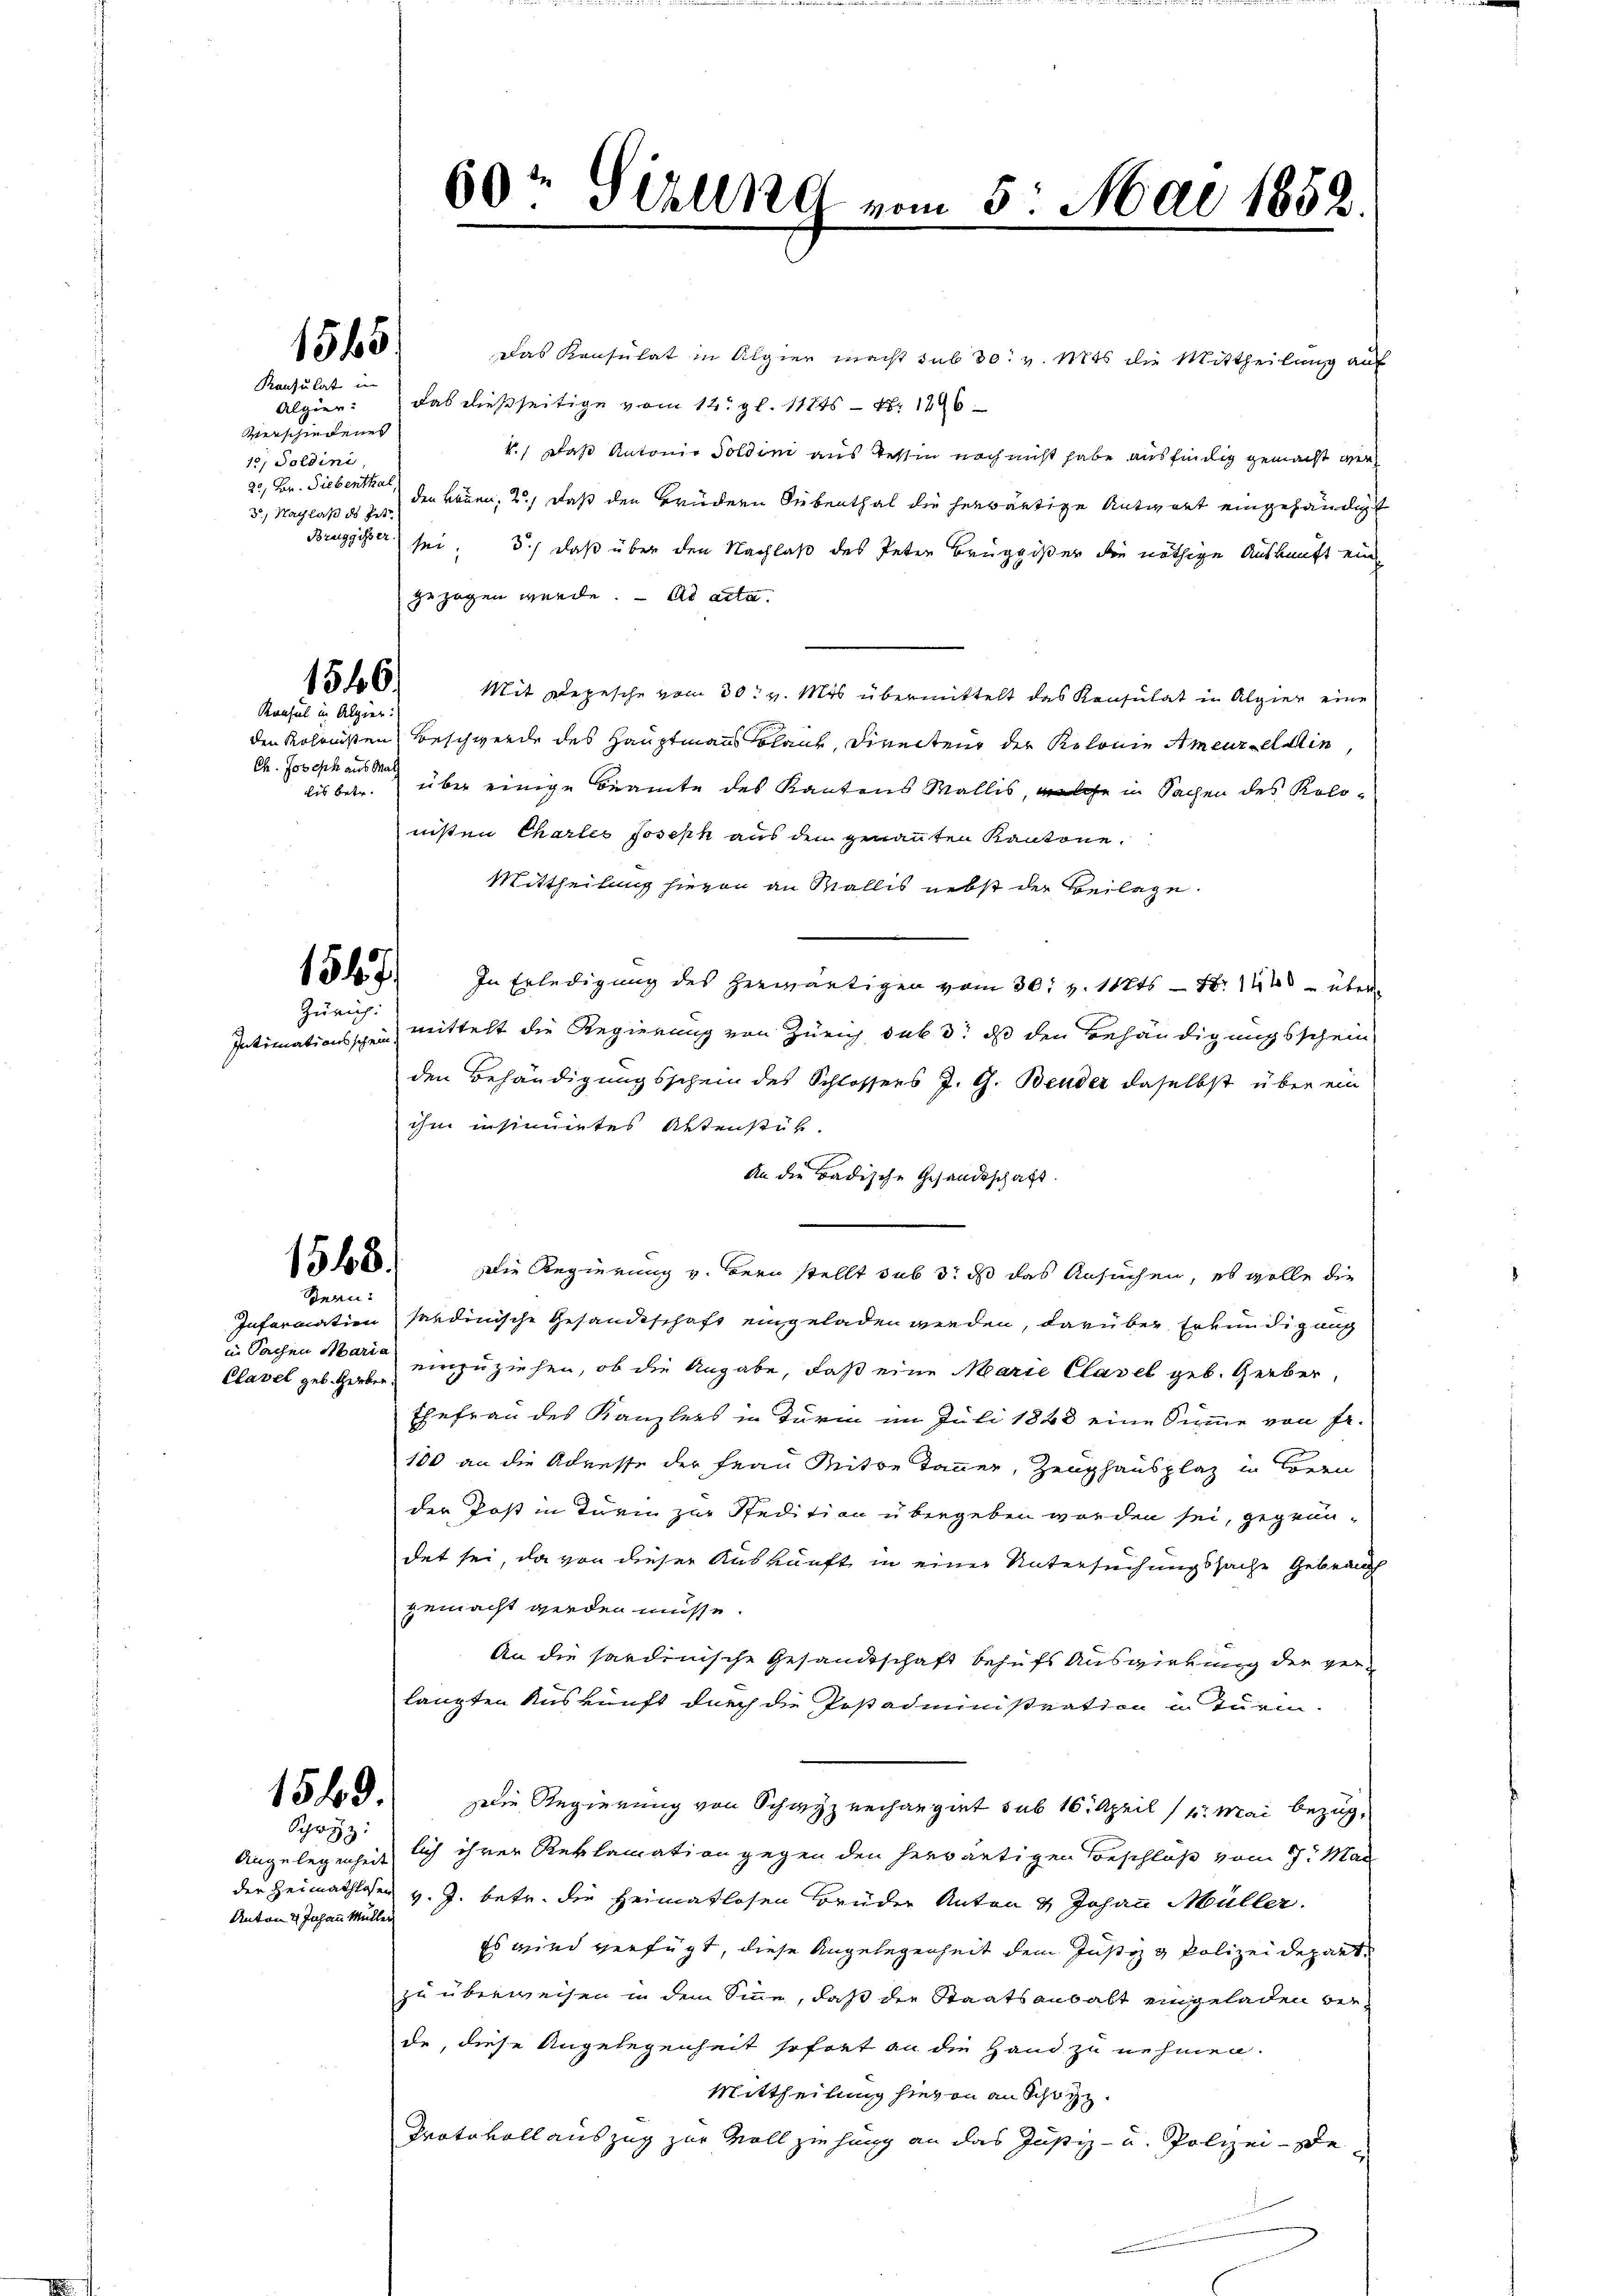
Algier
Verschiedenes
10, Soldini
20, Bar. Siebenthal,
3.) Nachlaß ds Pete

1565
Konsulat in

1540.
Konsul in Alpier:

Ch. Joseph aus Math
bis betr.

1547.
Zürich:

Intimationsschein

1568.
Bern:

in Sachen Maria

1549.
Schwyz:

Anton & Johann Müller

Das Konsulat in Algier macht sub 30. v. Mts. die Mittheilung auf
das dießseitige vom 12. gl. 1125 - 1896
V.) daß Antonio Soldini aus Tessin noch nicht habe ausfindig gemacht werden können, 2) daß den Brüdern Siebenthal die herwärtige Antwort eingehändigt
Bruggisser sei; 5) daß über den Nachlaß des Peter Bruggißer die nöthige Auskunft ein
gezogen wurde. ad acta.
Mit Depesche vom 30t v. Mts übermittelt das Konsulat in Alpier eine
den Kolmnißen Beschwerde des Hauptmanns Blank, Directeur der Rotonie Ameure Min
über einige Beamte des Kantons Wallis, welche in Sachen des Kolonisten Charles Joseph aus den genannten Kantone.
Mittheilung hievon an Wallis nebst der Beilage
In Erledigung des herwärtigen vom 30. v. 10ts. — Nr. 1448 über
mittelt die Regierung von Zürich sub dr ds den Behändigungsschein
den Behändigungsschein des Schlossers J. G. Bender daselbst über ein
ihm insinnirtes Aktenstük.
An die Badische Gesandtschaft.
Die Regierung v. Bern stellt sub 3. ds das Ansuchen, es wolle die
Information saudinische Gesandtschaft eingeladen werden, darüber Erkundigung
Clavel geb. Gerb einzuziehen, ob die Angabe, daß eine Marie Clavel geb. Gerber,
Ehefrau des Kanzlers in Turin im Juli 1848 eine Summe von fr.
100 an die Adresse der Frau Miter Tanner, Zeughausplaz in den
der Post in Turm zur Stedition übergeben worden sei, gegründet sei, da von dieser Auskunft in einer Untersuchungssache Gebrauch
gemacht werden müsse.
An die sardinische Gesandtschaft behufs Auswirkung der gerlangten Auskunft durch die Postadministration in Turm.
eie Regierung von Schwyz verhangiet sub 16. April 14. Mai bezug,
Angelegenheit lich ihrer Reklamation gegen den herwärtigen Beschluß vom 7. Mai
der Heimathlosen v. J. betr. die Heimatlosen Brüder Anton & Johann Müller.
Es wird verfügt, diese Angelegenheit dem Justiz & Polizeidepart.
zu überweisen in dem Sinne, daß die Staatsanwalt eingeladen bei
de, diese Angelegenheit sofort an die Hand zu nehmen.
Mittheilung hievon an Schwyz.
Protokoll auszug zur Vollziehung an das Justiz- u. Polizei- de

60te Stillig vom 5. Mai 1882.